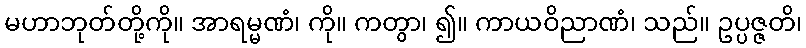
မဟာဘုတ်တို့ကို။ အာရမ္မဏံ၊ ကို။ ကတွာ၊ ၍။ ကာယဝိညာဏံ၊ သည်။ ဥပ္ပဇ္ဇတိ၊